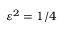
\varepsilon ^ { 2 } = 1 / 4